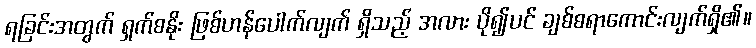
ရခြင်းအတွက် ရှက်စနိုး ဖြစ်ဟန်ပေါက်လျက် ရှိသည့် အလား ပို၍ပင် ချစ်စရာကောင်းလျက်ရှိ၏။